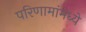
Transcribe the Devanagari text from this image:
परिणामांमध्ये